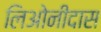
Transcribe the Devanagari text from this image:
लिओनीदास